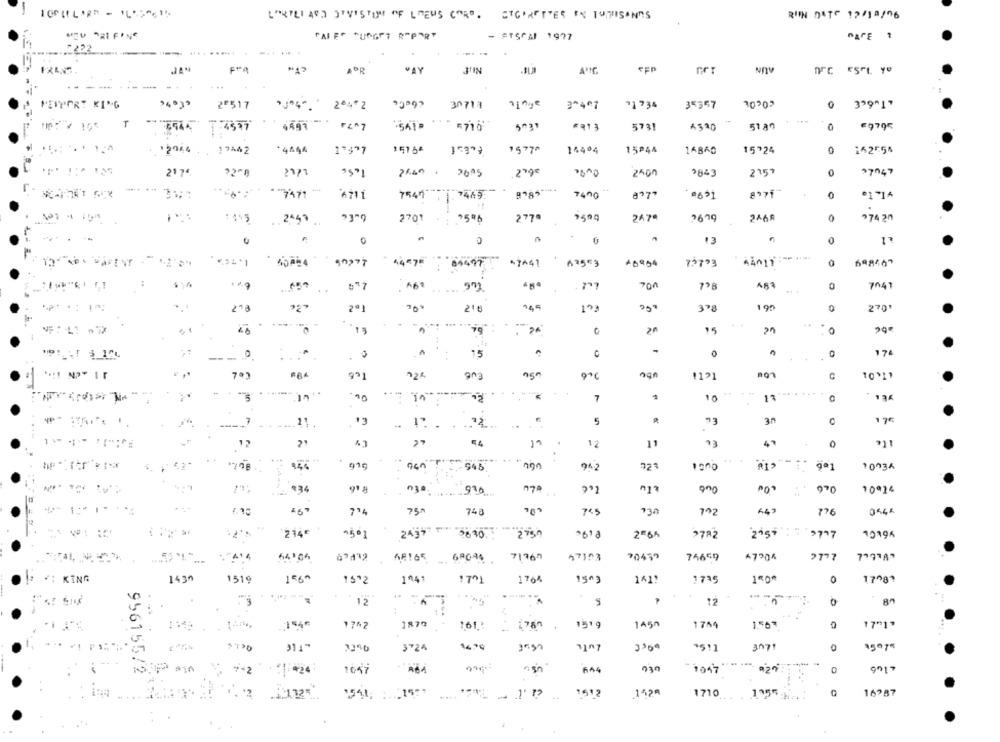
RIIN DATE 12/18/06
LORILLARD DIVISION OF LAEUS CARD. ETGINETTER IN TUNISINAS
CALE" "UDGET REPORT
- ETSCAI 1977
DAFE ?
FOR
WAY
--
----
FIQUE
0
24.33
2º517
"3"4". 204 2
3^407
31734
35357
339"1"
Lu74
4497
#913
5731
51 an
0
£9795
3544 1 :4577
=716
5031
4520
15ª44
0
20%4 19442
*4444
1'477
1576ª
1577^
14404
1KB60
15724
162554
1.5€
21 74
2660 .
2695
.279€
2400
2843
2157
0
27047
-
8175
.7471
4711
7547 1 7465
7400
"1"14
1415
2701
277ª
247.
2699
0
974 20
0
0
13
0
40 824
44017 -- --
vr
:<* 1
84477
47441
+6954
75793
.. .
700
483
0
7047
..
278
2ª1
216
193
378
195
270
..
---
o
..
15
0
0
0
174
EU6
9º1
ngn
non
1191
10311
7
10
13
.21.
13
5
73
0
17
12
12
12
11
13
0
944
010
545
942
721
9ª1
10034
030.
013
ong
970
10ª14
+34
794
75#
748
745
730
792
776
1214€
-501
2R6A
2782
9737
10194
2497 3630
0618
".7414
71767
70439
74659
47304
2777
64106
68165
47353
1430
1519
0
#: KING
156^
1512
1441
171
1764
1503
1411
1735
150*
17º87
5
12
0
12
1879
145A
17"1"
17^2
161:
1519
1744
1.56*
0
Lute
3724
*511
3071
0
sin
956155/2
4+2
1047
A64
644
230
1047
1612
1710
1955
16787